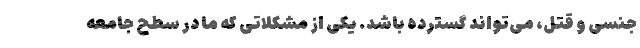
جنسی و قتل، می‌تواند گسترده باشد. یکی از مشکلاتی که ما در سطح جامعه